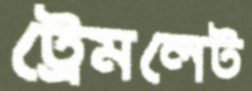
ট্রেমলেট